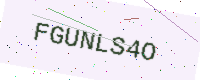
Text: FGUNLS4O